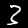
Digit: 3